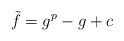
LaTeX: \begin{align*} \tilde{f} = g^p - g + c\end{align*}